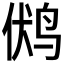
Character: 𲍶